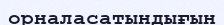
орналасатындығын